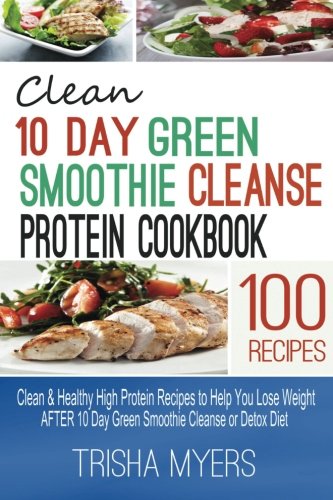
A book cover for Clean 10 Day Green Smoothie Cleanse Protein Cookbook: Clean & Healthy High Protein Recipes to Help You Lose Weight AFTER 10 Day Green Smoothie Cleanse or Detox Diet; Trisha Myers; Cookbooks, Food & Wine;